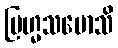
ဗြဟ္မသမောသိ